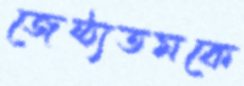
জেষ্ঠ্যতমকে